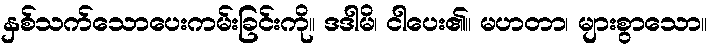
နှစ်သက်သောပေးကမ်းခြင်းကို။ ဒဒါမိ၊ ငါပေး၏။ မဟတာ၊ များစွာသော။